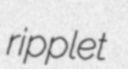
ripplet